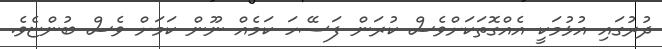
ދުރުގައި އުޅުމަކީ އެއްގޮތަކަށްވެސް ކުރަން ފަސޭހަ ކަމެއްް ނޫން ކަމަށް ވެސް ބުންޏެވެ.